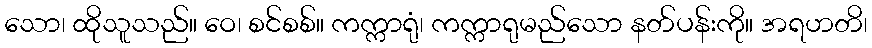
သော၊ ထိုသူသည်။ ဝေ၊ စင်စစ်။ ကက္ကာရုံ၊ ကက္ကာရုမည်သော နတ်ပန်းကို။ အရဟတိ၊